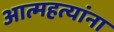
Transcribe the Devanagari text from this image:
आत्महत्यांना